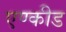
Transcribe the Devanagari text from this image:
एण्कीड